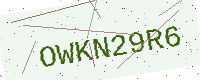
Text: OWKN29R6